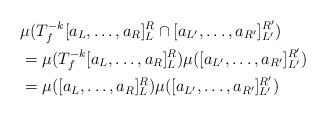
LaTeX: \begin{align*}&\mu(T_f^{-k} [a_L, \ldots, a_R]_L^R \cap [a_{L'}, \ldots, a_{R'}]_{L'}^{R'}) \\ &= \mu(T_f^{-k} [a_L, \ldots, a_R]_L^R) \mu([a_{L'}, \ldots, a_{R'}]_{L'}^{R'}) \\ &= \mu([a_L, \ldots, a_R]_L^R) \mu([a_{L'}, \ldots, a_{R'}]_{L'}^{R'})\end{align*}